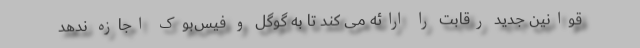
قوانین جدید رقابت را ارائه می کند تا به گوگل و فیس‌بوک اجازه ندهد